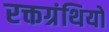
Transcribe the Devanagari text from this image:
रक्तग्रंथियों